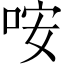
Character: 咹